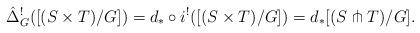
LaTeX: \begin{align*}\hat{\Delta}_G^! ([(S\times T)/G])=d_*\circ i^! ([(S\times T)/G])=d_*[(S \pitchfork T)/G].\end{align*}